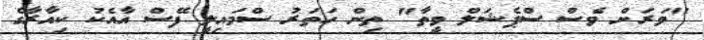
"ވަރަށް ވެސް ސްޕެޝަލް ވީތާ" ތިން ހަތަރު ސްމައިލީ ފޭސް އާއެކު ކިއާރާގެ